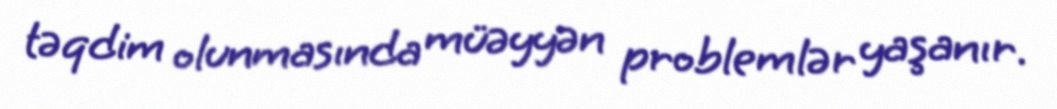
təqdim olunmasında müəyyən problemlər yaşanır.